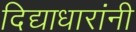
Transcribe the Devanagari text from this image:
दिद्याधारांनी